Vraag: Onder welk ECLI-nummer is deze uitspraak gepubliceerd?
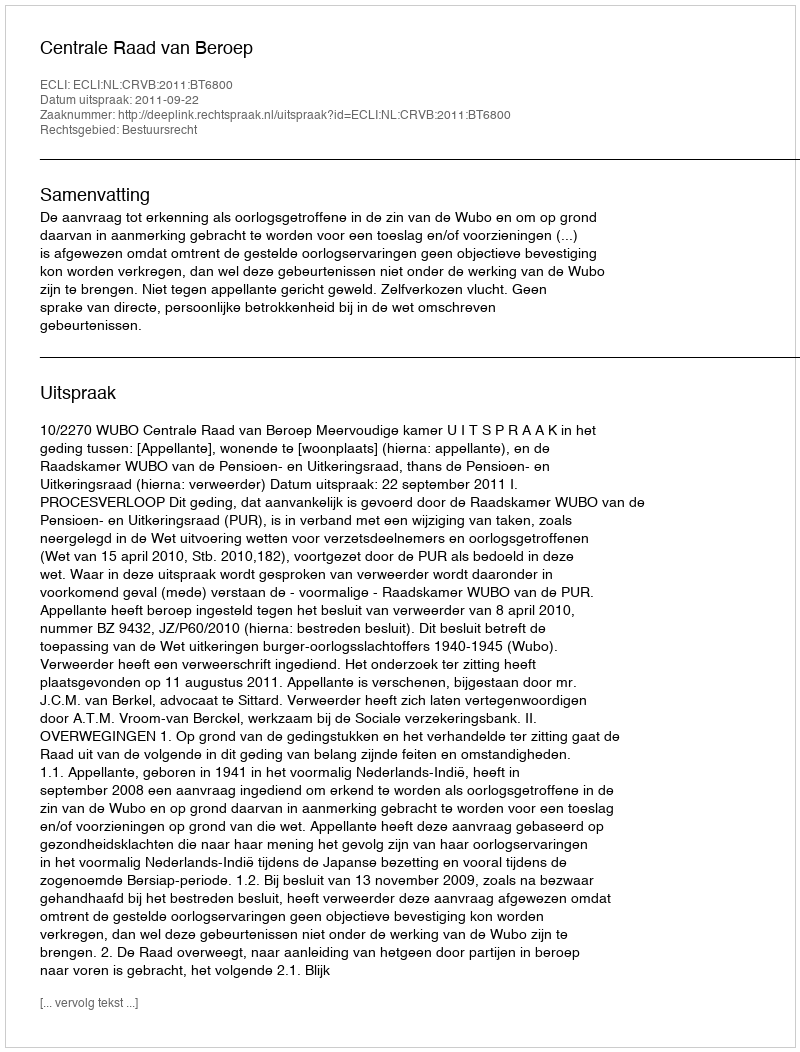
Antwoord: ECLI:NL:CRVB:2011:BT6800